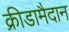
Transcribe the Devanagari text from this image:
क्रीडामैदान